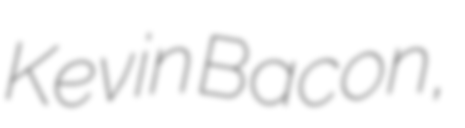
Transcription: Kevin Bacon,